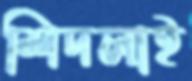
শিদলাই